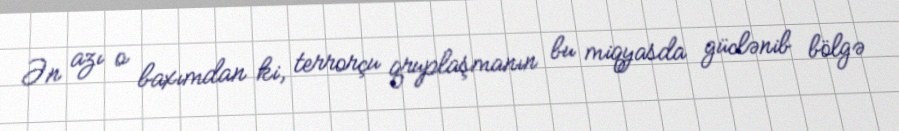
Ən azı o baxımdan ki, terrorçu qruplaşmanın bu miqyasda güclənib bölgə